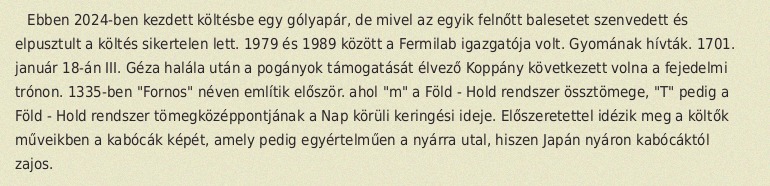
Ebben 2024-ben kezdett költésbe egy gólyapár, de mivel az egyik felnőtt balesetet szenvedett és elpusztult a költés sikertelen lett. 1979 és 1989 között a Fermilab igazgatója volt. Gyomának hívták. 1701. január 18-án III. Géza halála után a pogányok támogatását élvező Koppány következett volna a fejedelmi trónon. 1335-ben "Fornos" néven említik először. ahol "m" a Föld - Hold rendszer össztömege, "T" pedig a Föld - Hold rendszer tömegközéppontjának a Nap körüli keringési ideje. Előszeretettel idézik meg a költők műveikben a kabócák képét, amely pedig egyértelműen a nyárra utal, hiszen Japán nyáron kabócáktól zajos.